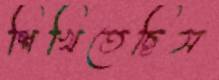
শিখিতেছিস